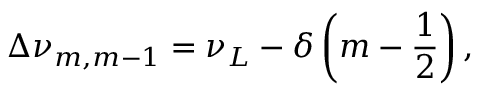
\Delta \nu _ { m , m - 1 } = \nu _ { L } - \delta \left( m - \frac { 1 } { 2 } \right) ,